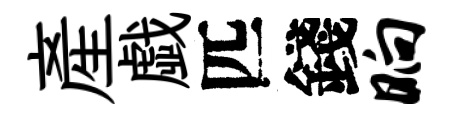
産戯匹錢晌